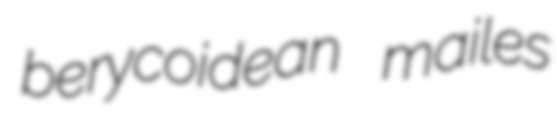
berycoidean mailes